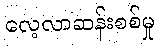
လေ့လာဆန်းစစ်မှု